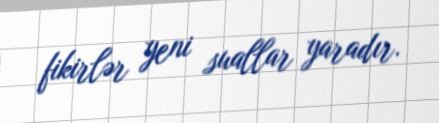
fikirlər yeni suallar yaradır.